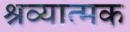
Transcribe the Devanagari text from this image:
श्रव्यात्मक